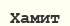
Хамит